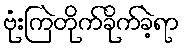
ဗုံးကြဲတိုက်ခိုက်ခဲ့ရာ